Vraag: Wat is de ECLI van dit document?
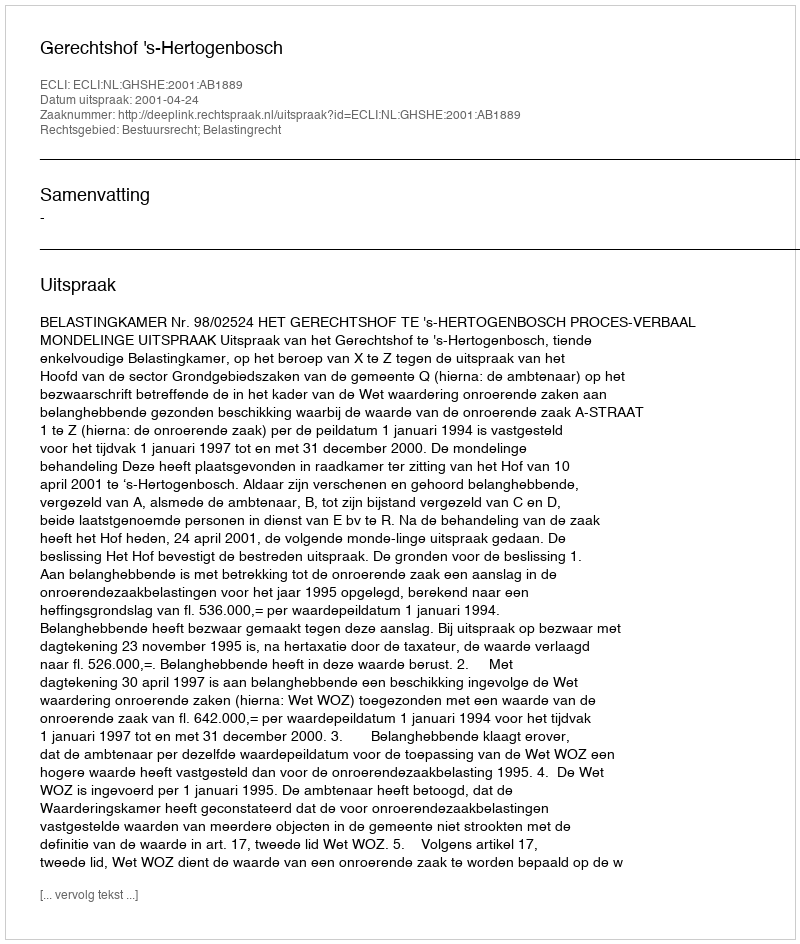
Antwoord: ECLI:NL:GHSHE:2001:AB1889